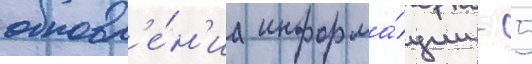
обновл'е́н'иа информа́ции - 5